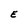
Character: E